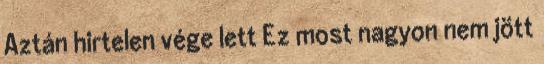
Aztán hirtelen vége lett Ez most nagyon nem jött